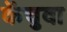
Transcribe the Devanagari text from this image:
केंचुवा